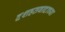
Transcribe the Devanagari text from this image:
दशहतवादाच्या